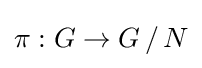
\pi :G\rightarrow G\,/\,N